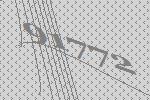
91772